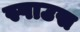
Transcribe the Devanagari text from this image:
स्पाउस